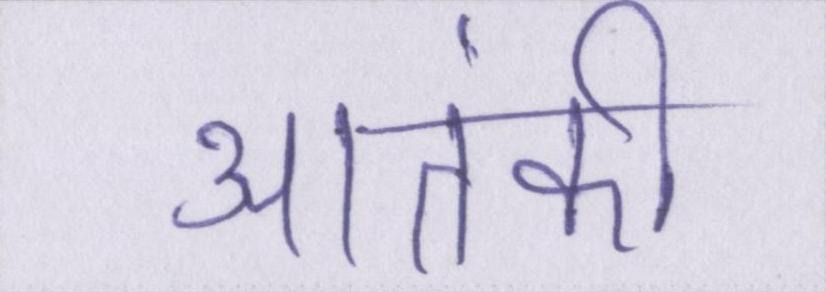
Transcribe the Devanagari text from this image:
आतंकी